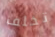
تخلف